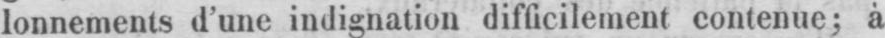
lonnements d’une indignation difficilement contenue; à